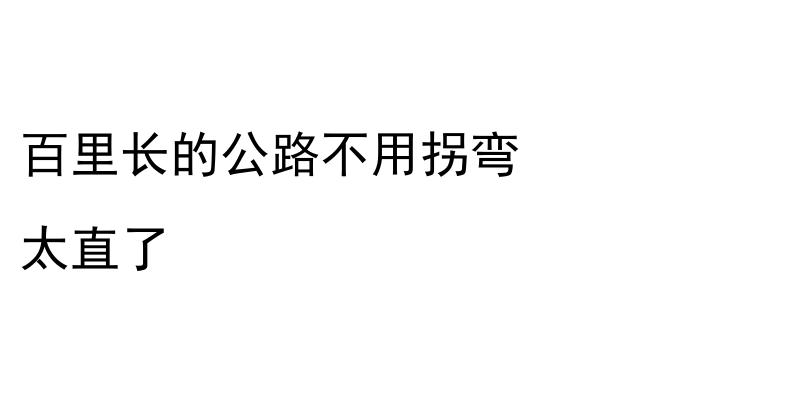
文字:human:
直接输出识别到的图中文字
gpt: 百里长的公路不用拐弯 太直了